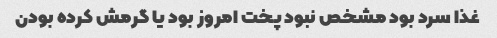
غذا سرد بود مشخص نبود پخت امروز بود یا گرمش کرده بودن